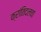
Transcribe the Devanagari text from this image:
क्रांतिदलचा